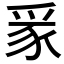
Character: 𪺏